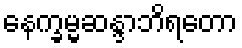
နေက္ခမ္မဆန္ဒာဘိရတော